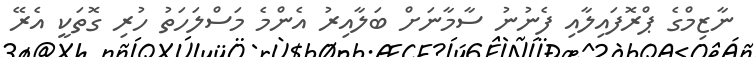
ނާޒިމްގެ ޕްރޮފައިލާއި ފެނުނު ސާމާނަށް ބަލާއިރު އެންމެ މަސްލަހަތު ހުރި ގޮތަކީ އެރޭ